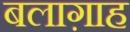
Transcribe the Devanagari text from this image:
बलाग़ाह